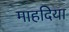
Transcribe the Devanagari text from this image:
माहदिया